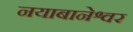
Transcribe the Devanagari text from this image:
नयाबानेश्वर